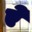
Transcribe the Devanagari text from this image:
एे